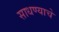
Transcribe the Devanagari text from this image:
साधण्‍याचे